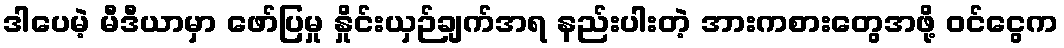
ဒါပေမဲ့ မီဒီယာမှာ ဖော်ပြမှု နှိုင်းယှဉ်ချက်အရ နည်းပါးတဲ့ အားကစားတွေအဖို့ ဝင်ငွေက